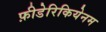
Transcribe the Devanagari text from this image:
फ़ीडेरिकियेनम